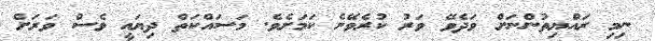
ނިމި ރައްޔިތުންނަށް ވަދެވޭ ވަރު ކުރެވޭނެ ކަމަށެވެ. މަސައްކަތް ދިޔައީ ވެސް ވަރަށް